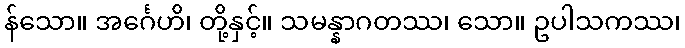
န်သော။ အင်္ဂေဟိ၊ တို့နှင့်။ သမန္နာဂတဿ၊ သော။ ဥပါသကဿ၊